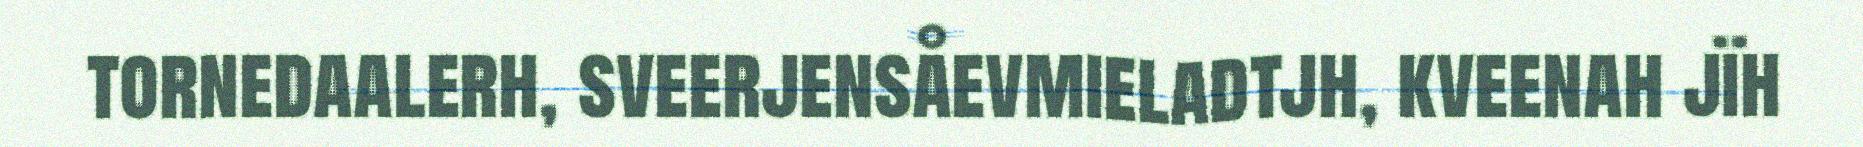
tornedaalerh, sveerjensåevmieladtjh, kveenah jïh